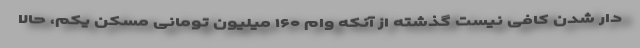
دار شدن کافی نیست گذشته از آنکه وام ۱۶۰ میلیون تومانی مسکن یکم، حالا